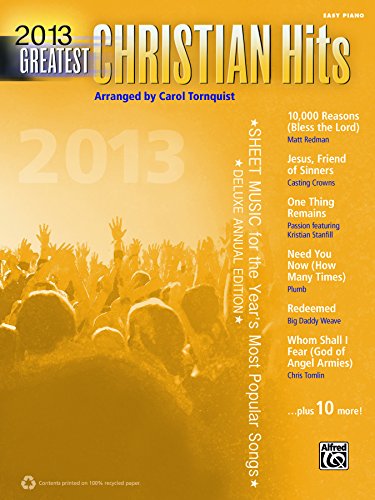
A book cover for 2013 Greatest Christian Hits: Easy Piano (Greatest Hits); Carol Tornquist; Christian Books & Bibles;